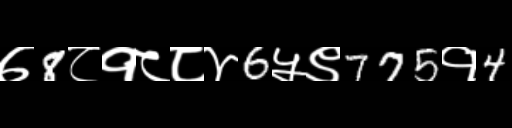
Text: ७8८१८८४6५९775१4